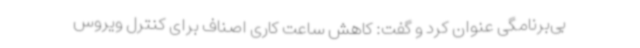
بی‌برنامگی عنوان کرد و گفت: کاهش ساعت کاری اصناف برای کنترل ویروس